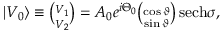
\begin{array} { r } { | V _ { 0 } \rangle \equiv \binom { V _ { 1 } } { V _ { 2 } } = A _ { 0 } e ^ { i \Theta _ { 0 } } \binom { \cos \vartheta } { \sin \vartheta } \, \mathrm { s e c h } \sigma , } \end{array}